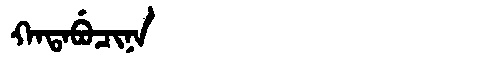
Manchu: ᡴᠠᡨᠠᠪᡠᠴᡳᠨᠠ
Romanization: KATABUCINA